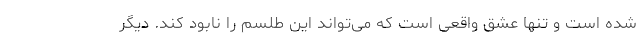
شده است و تنها عشق واقعی است که می‌تواند این طلسم را نابود کند. دیگر